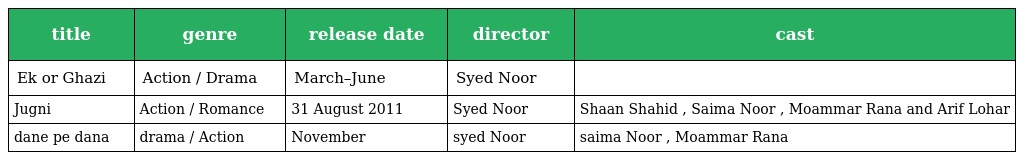
| title | genre | release date | director | cast |
 | --- | --- | --- | --- | --- |
 | Ek or Ghazi | Action / Drama | March–June | Syed Noor |  |
 | Jugni | Action / Romance | 31 August 2011 | Syed Noor | Shaan Shahid , Saima Noor , Moammar Rana and Arif Lohar |
 | dane pe dana | drama / Action | November | syed Noor | saima Noor , Moammar Rana |